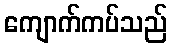
ကျောက်ကပ်သည်